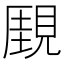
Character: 𧡋